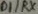
Text: D1/RX